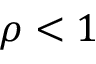
\rho < 1